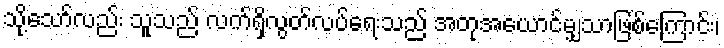
သို့သော်လည်း သူသည် လက်ရှိလွတ်လပ်ရေးသည် အတုအယောင်မျှသာဖြစ်ကြောင်း၊